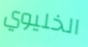
الخليوي